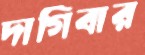
দাগিবার